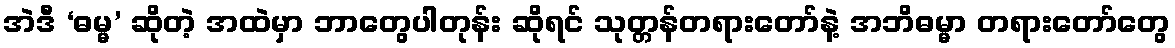
အဲဒီ ‘ဓမ္မ’ ဆိုတဲ့ အထဲမှာ ဘာတွေပါတုန်း ဆိုရင် သုတ္တန်တရားတော်နဲ့ အဘိဓမ္မာ တရားတော်တွေ